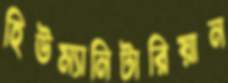
হিউম্যানিটারিয়ান